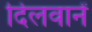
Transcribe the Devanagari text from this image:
दिलवानें